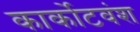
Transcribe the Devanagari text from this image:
कार्कोटवंश